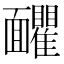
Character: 𩉗